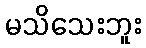
မသိသေးဘူး